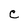
Character: C